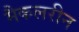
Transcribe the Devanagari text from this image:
मैकलरीन